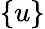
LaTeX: \{ u\}